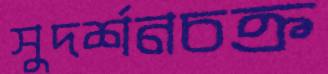
সুদর্শনচক্র